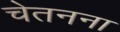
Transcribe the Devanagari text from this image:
चेतनना